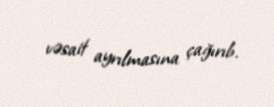
vəsait ayrılmasına çağırıb.